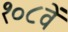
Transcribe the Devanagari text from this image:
१०८वें